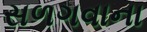
સળગવાના